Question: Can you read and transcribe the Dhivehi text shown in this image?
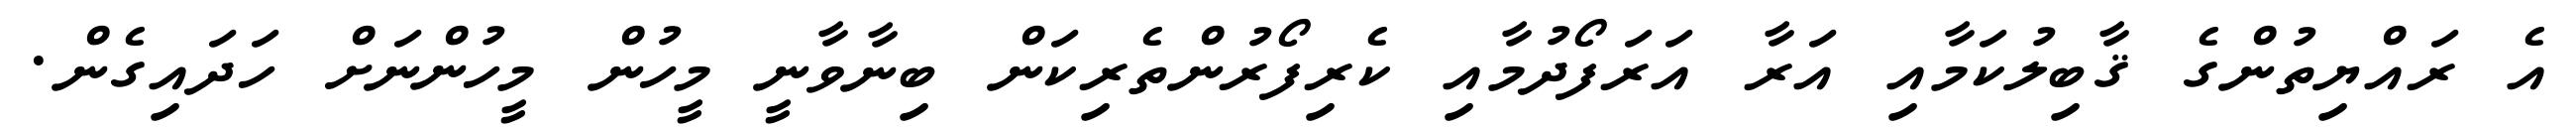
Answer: އެ ރައްޔިތުންގެ ޤާބިލުކަމާއި އަރާ އަރަފޯދުމާއި ކެރިފޯރުންތެރިކަން ބިނާވާނީ މީހުން މީހުންނަށް ހަދައިގެން.